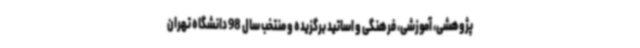
پژوهشی، آموزشی، فرهنگی و اساتید برگزیده و منتخب سال 98 دانشگاه تهران